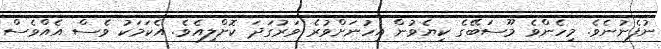
ނުފެނުނެވެ. މިހެންވެ މޫސަބޭގެ ކިޔެވުން އިހުނަށްވުރެ ވަރުގަދަ ކޮށްލިއެވެ. އެކަމަކު ވެސް އެއްވެސް